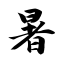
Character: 暑